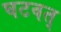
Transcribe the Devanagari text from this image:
घटवत्